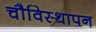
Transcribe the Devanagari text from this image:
चौविस्थापन